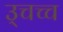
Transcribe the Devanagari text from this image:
उ्चच्च